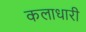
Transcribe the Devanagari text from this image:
कलाधारी